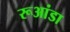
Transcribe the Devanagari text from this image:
रूआंडा